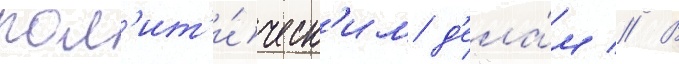
пол'ит'и́ческ'им д'ела́м // В